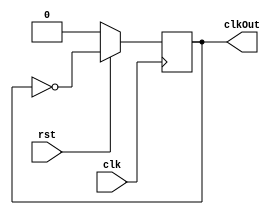
module clockDivisor(clk, rst, clkOut);
	input clk;
	input rst;
	output reg clkOut;
	
	always @(posedge clk) begin
		if (!rst) begin
			clkOut <= 1'b0; 
		end
		else begin
			clkOut <= ~clkOut;
		end
	end

endmodule